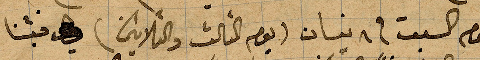
يوم السبت في ٨ نيسان (يوم الثالث والثلاثين) فبتنا